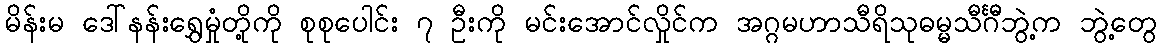
မိန်းမ ဒေါ်နန်းရွှေမှုံတို့ကို စုစုပေါင်း ၇ ဦးကို မင်းအောင်လှိုင်က အဂ္ဂမဟာသီရိသုဓမ္မသီင်္ဂီဘွဲ့က ဘွဲ့တွေ